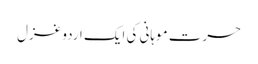
حسرت موہانی کی ایک اردو غزل